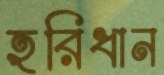
হরিধান